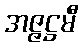
အဇ္ဇဋ္ဌမီ